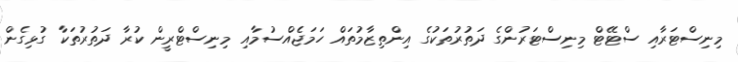
މިނިސްޓަރާއި ސްޓޭޓް މިނިސްޓަރުންގެ ދަތުރުތަކުގެ އިންތިޒާމުތައް ހަމަޖެއްސުމާއި މިނިސްޓްރީން ކުރާ ދަތުރުތަކާ ގުޅިގެން